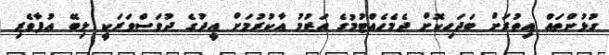
ގުޅުންތައް އިތުރަށް ބަދަހިކޮށް ދެމެހެއްޓުމުގެ އަޒުމު އާކުރުމަށް އީދުގެ ދުވަސްވަރަކީ ލިބޭ އުފާވެރި